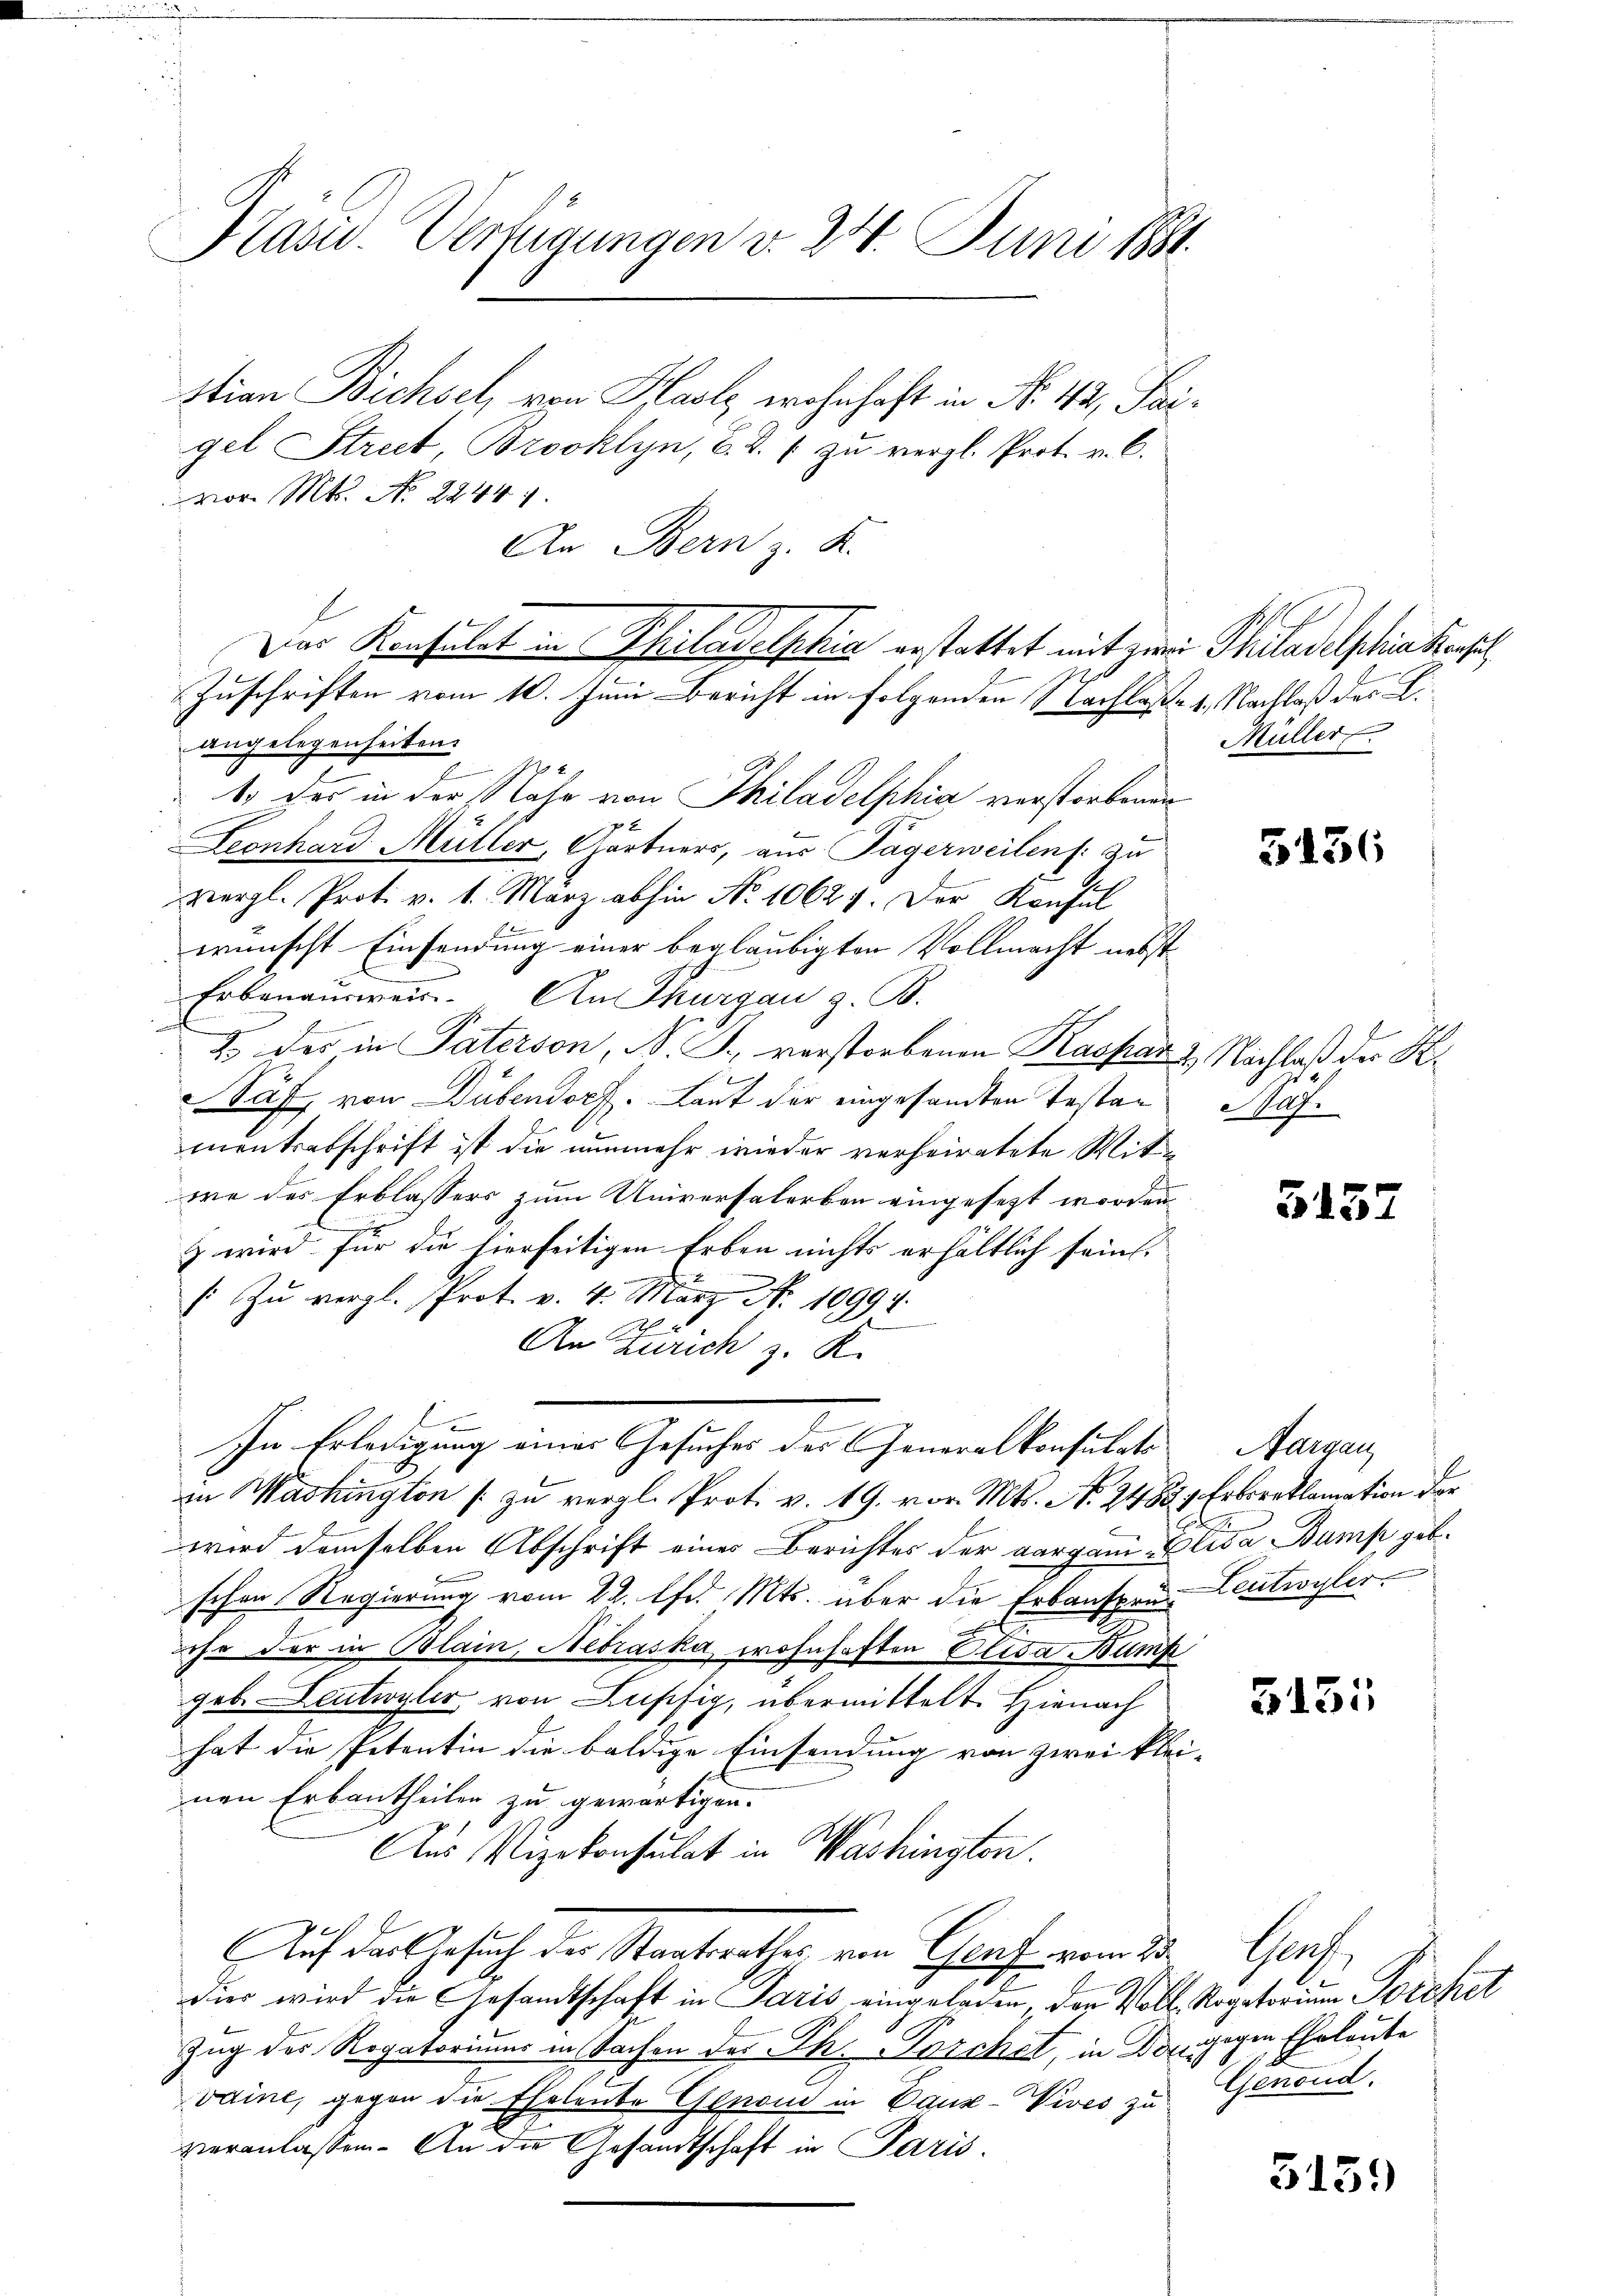
Kasu. Verfügungen v. 24. Juni 1881.

stian Bichsel, von Holz wohnhaft in No. 412, Saigel Street, Brooklyn, 6. d. 1 zu vergl. Prot. v. C.
vor. Mts. No 2244
An Bern z. K.
Zuschriften vom 10. Juni Bericht in folgenden Nachlaße 4. Nachlaß des C.
angelegenheiten.
2
1.) Das in der Nähe von Philadelphia verstorbenen
Leonhard Müller, Gärtners, aus Pagerweilen zu
A
vergl. Prot. v. 1. März abhin No 10627. Der Konsul
wünscht Einsendung einer beglaubigten Vollmacht nebst
Erbenausweis. An Thurgau z. B.
2. des in Paterson, N. B., verstorbenen Kaspar & Nachlaß der K.
Näf, von Dübendorf. Laut der eingesandten Testan
mentrabschrift ist die nunmehr wieder verheiratete Mitwe des Erblassers zum Universalerben eingesetzt worden,
z wird für die hierseitigen Erben nichts erhältlich sein,
/: Zu vergl. Prot. v. 4. März N. 10994.
An Zürich z. K.
n
In Erledigung eines Gesuches des Generalkonsulats
in Mashington zu vergl. Prot. v. 19. vor. Mts. No. 2488, Erboreklamation der
wird demselben Abschrift eines Berichtes der aargau Elisa Bump geb.
schen Regierung vom 22. Apr. Mts. über die Erbansprun Leutwyler.
ehr der in Blain, Nebraska wohnhaften Elisa Bumf
geb. Leutwyler, von Lupfig, übermittelt. Hienach
hat die Petentin die baldige Einsendung von zwei klei- |
nen Erbantheilen zu gewärtigen.
Aus Vizekonsulat in Washingten.
Auf das Gesuch der Staatsrathes von Genf vom 23. Genf
dier wird die Gesandtschaft in Paris eingeladen, den Voll- Rogatorium Porefet
Zug des Regatoriums in Sachen des Th. Poschet, in Dingegen Eheleute
vaine, gegen die Eheleute Genoud in Caux-Vives zu
veranlassen. An die Gesandtschaft in Paris.

Der Konsulat in Philadolphia erstattet mit eine Philadelphia Konsul

Müller

5136

Mag.

5157

Aargau

5131

.
Genoud.

5159